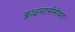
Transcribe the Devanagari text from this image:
क्लाइस्टर्ससोबत